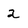
Character: 2